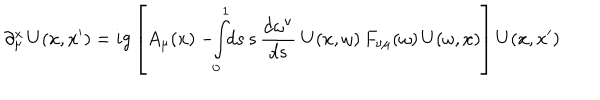
LaTeX: \partial _ { \mu } ^ { x } \, U ( x , x ^ { \prime } ) = i g \left[ A _ { \mu } ( x ) - \! \! \int _ { 0 } ^ { 1 } \! \! d s \, s \, { \frac { d \omega ^ { \nu } } { d s } } \ U ( x , \omega ) \, F _ { \nu \mu } ( \omega ) \, U ( \omega , x ) \right] U ( x , x ^ { \prime } )